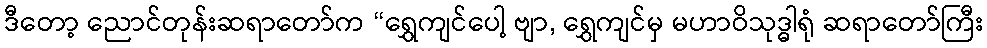
ဒီတော့ ညောင်တုန်းဆရာတော်က “ရွှေကျင်ပေါ့ ဗျာ, ရွှေကျင်မှ မဟာဝိသုဒ္ဓါရုံ ဆရာတော်ကြီး